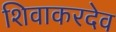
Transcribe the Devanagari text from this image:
शिवाकरदेव